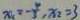
x _ { 2 } = - \frac { 4 } { 3 } , x _ { 2 } = 3